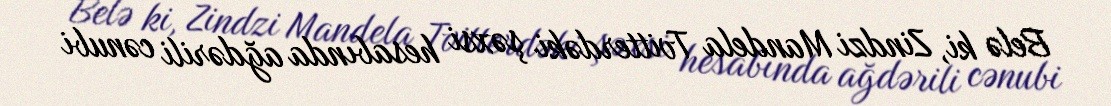
Belə ki, Zindzi Mandela Tvitterdəki şəxsi hesabında ağdərili cənubi